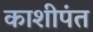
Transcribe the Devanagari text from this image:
काशीपंत